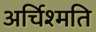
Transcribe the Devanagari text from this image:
अर्चिश्मति